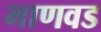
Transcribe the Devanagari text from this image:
भाणवड